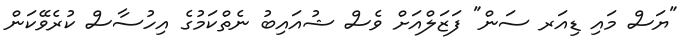
"ޔަސް މައި ޑިއަރ ސަން" ފަޒަލްއަށް ވެސް ޝުއައިބު ނެތްކަމުގެ އިހުސާސް ކުރެވޭކަން